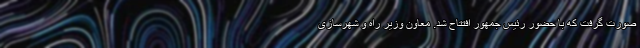
صورت گرفت که با حضور رئیس جمهور افتتاح شد. معاون وزیر راه و شهرسازی